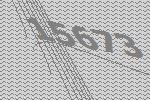
15673